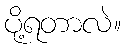
ပို့ရတာလဲ။